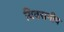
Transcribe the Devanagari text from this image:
विवसनीय